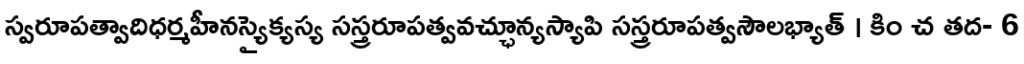
స్వరూపత్వాదిధర్మహీనస్యైక్యస్య సస్త్రరూపత్వవచ్ఛూన్యస్యాపి సస్త్రరూపత్వసౌలభ్యాత్ । కిం చ తద- 6